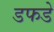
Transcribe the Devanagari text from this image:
डफडे